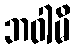
ဘဝါမိ